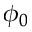
\phi _ { 0 }